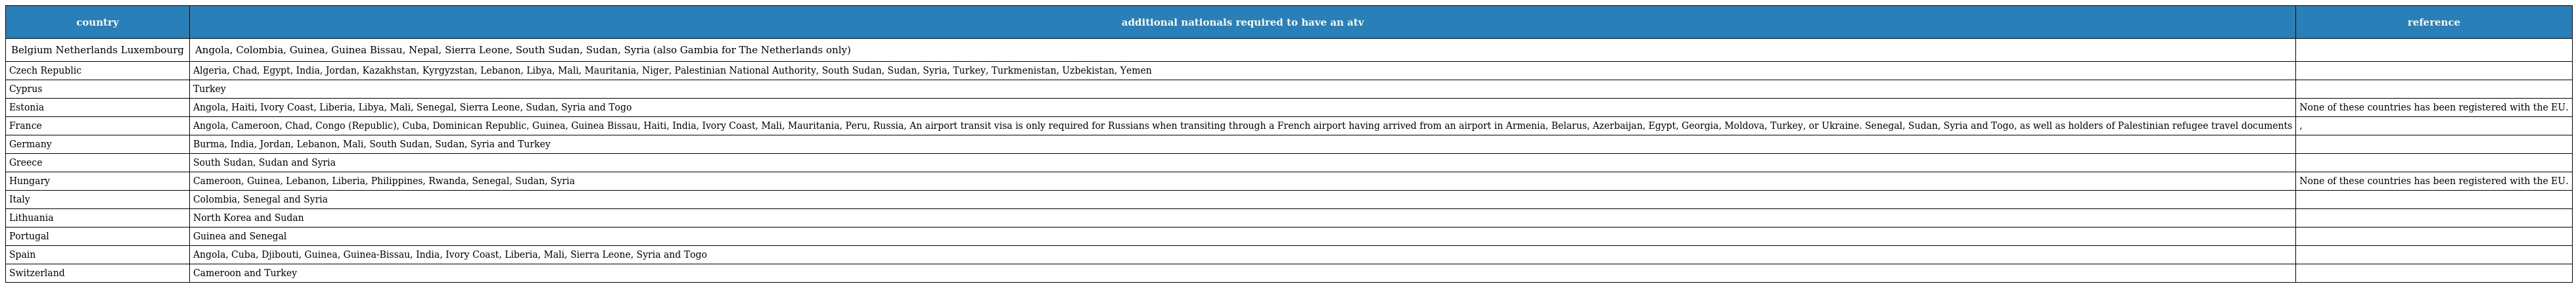
| country | additional nationals required to have an atv | reference |
 | --- | --- | --- |
 | Belgium Netherlands Luxembourg | Angola, Colombia, Guinea, Guinea Bissau, Nepal, Sierra Leone, South Sudan, Sudan, Syria (also Gambia for The Netherlands only) |  |
 | Czech Republic | Algeria, Chad, Egypt, India, Jordan, Kazakhstan, Kyrgyzstan, Lebanon, Libya, Mali, Mauritania, Niger, Palestinian National Authority, South Sudan, Sudan, Syria, Turkey, Turkmenistan, Uzbekistan, Yemen |  |
 | Cyprus | Turkey |  |
 | Estonia | Angola, Haiti, Ivory Coast, Liberia, Libya, Mali, Senegal, Sierra Leone, Sudan, Syria and Togo | None of these countries has been registered with the EU. |
 | France | Angola, Cameroon, Chad, Congo (Republic), Cuba, Dominican Republic, Guinea, Guinea Bissau, Haiti, India, Ivory Coast, Mali, Mauritania, Peru, Russia, An airport transit visa is only required for Russians when transiting through a French airport having arrived from an airport in Armenia, Belarus, Azerbaijan, Egypt, Georgia, Moldova, Turkey, or Ukraine. Senegal, Sudan, Syria and Togo, as well as holders of Palestinian refugee travel documents | , |
 | Germany | Burma, India, Jordan, Lebanon, Mali, South Sudan, Sudan, Syria and Turkey |  |
 | Greece | South Sudan, Sudan and Syria |  |
 | Hungary | Cameroon, Guinea, Lebanon, Liberia, Philippines, Rwanda, Senegal, Sudan, Syria | None of these countries has been registered with the EU. |
 | Italy | Colombia, Senegal and Syria |  |
 | Lithuania | North Korea and Sudan |  |
 | Portugal | Guinea and Senegal |  |
 | Spain | Angola, Cuba, Djibouti, Guinea, Guinea-Bissau, India, Ivory Coast, Liberia, Mali, Sierra Leone, Syria and Togo |  |
 | Switzerland | Cameroon and Turkey |  |